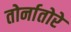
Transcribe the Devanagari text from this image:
तोर्नातोरे